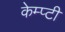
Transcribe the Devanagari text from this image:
केम्प्टी